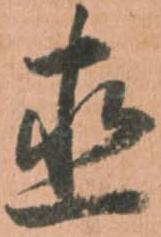
直